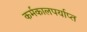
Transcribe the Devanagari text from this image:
कर्मकालपर्याप्त